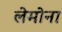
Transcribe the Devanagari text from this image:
लेमोना